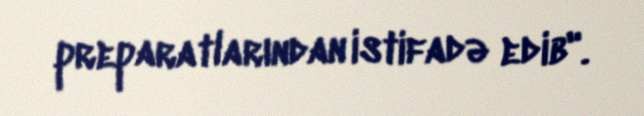
preparatlarından istifadə edib".